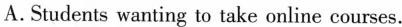
A.Students wanting to take online courses.